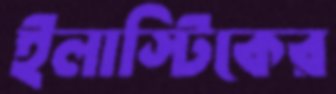
ইলাস্টিকের